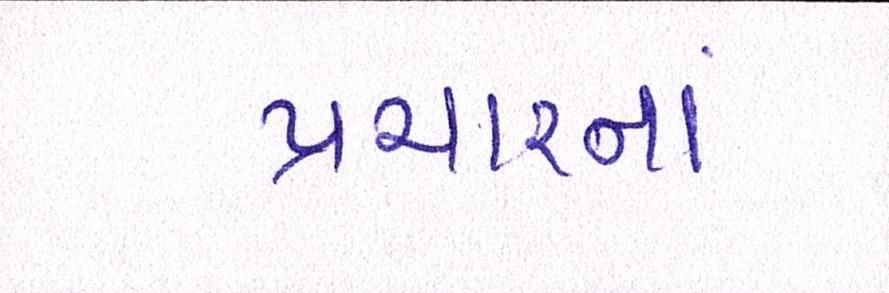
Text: પ્રચારના